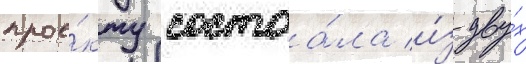
прое́кту состоа́ла и́з дву́х